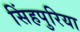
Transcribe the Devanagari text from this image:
सिंहपुरिया